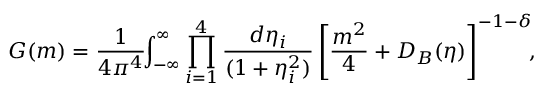
G ( m ) = \frac { 1 } { 4 \pi ^ { 4 } } \! \! \int _ { - \infty } ^ { \infty } \prod _ { i = 1 } ^ { 4 } \frac { d \eta _ { i } } { ( 1 + \eta _ { i } ^ { 2 } ) } \left[ \frac { m ^ { 2 } } { 4 } + D _ { B } ( \eta ) \right] ^ { - 1 - \delta } \! \! ,